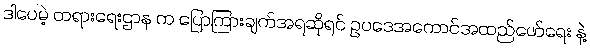
ဒါပေမဲ့ တရားရေးဌာန က ပြောကြားချက်အရဆိုရင် ဥပဒေအကောင်အထည်ဖော်ရေး နဲ့